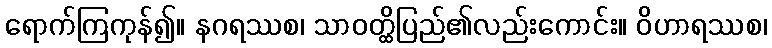
ရောက်ကြကုန်၍။ နဂရဿစ၊ သာဝတ္ထိပြည်၏လည်းကောင်း။ ဝိဟာရဿစ၊